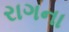
રાગના